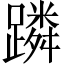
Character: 蹸